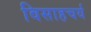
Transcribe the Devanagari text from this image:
विसाहचर्य